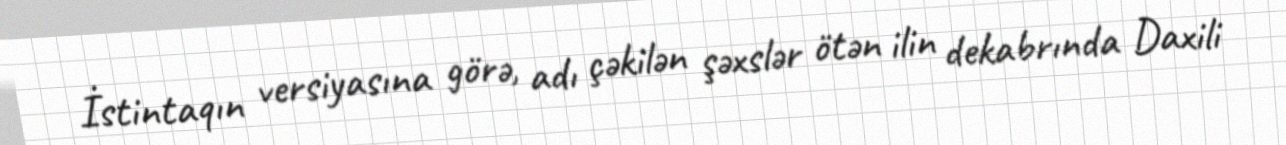
İstintaqın versiyasına görə, adı çəkilən şəxslər ötən ilin dekabrında Daxili